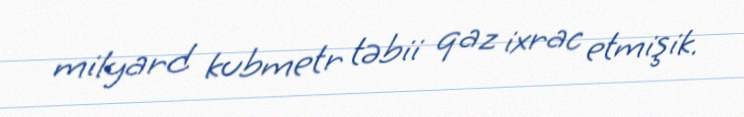
milyard kubmetr təbii qaz ixrac etmişik.